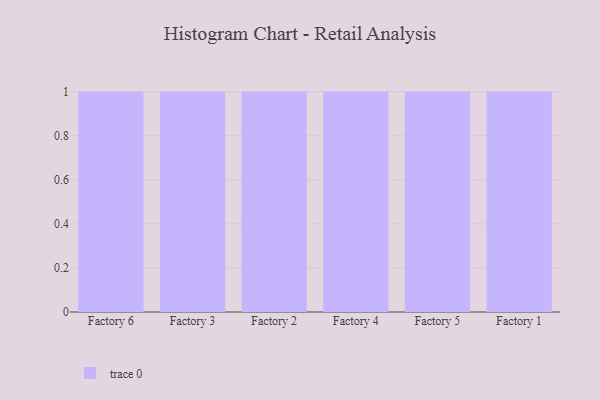
{"axis": {"x": "Factory", "y": "Waste Production (Tons)"}, "legend": [""], "data": [{"x": "Factory 6", "y": 69, "type": ""}, {"x": "Factory 3", "y": 75, "type": ""}, {"x": "Factory 2", "y": 1, "type": ""}, {"x": "Factory 4", "y": 6, "type": ""}, {"x": "Factory 5", "y": 13, "type": ""}, {"x": "Factory 1", "y": 35, "type": ""}]}